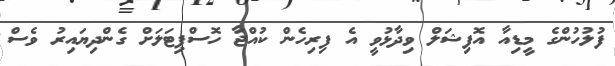
ފުލުހުންގެ މީޑިއާ އޮފިޝަލް ވިދާޅުވީ އެ ފިރިހެން ކުއްޖާ ހޮސްޕިޓަލަށް ގެންދިޔައިރު ވެސް